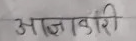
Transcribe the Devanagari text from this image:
आज्ञाकारी